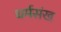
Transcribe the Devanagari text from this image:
धर्मसंख